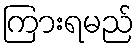
ကြားရမည်